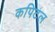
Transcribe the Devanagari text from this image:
कपिटल